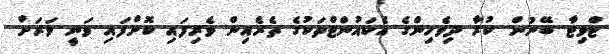
ޓްވިޓާ ބޭނުން ކުރާ ދިވެހިންގެ އެކައުންޓްތަކުގެ ތެރެއިން ވެރިފައި ކޮށްފައި ވަނީ ވަރަށް